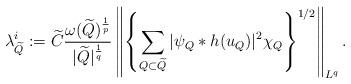
LaTeX: \begin{align*}\lambda_{\widetilde{Q}}^{i}:=\widetilde C\frac{\omega(\widetilde Q)^{\frac{1}{p}}}{\vert\widetilde Q\vert^{\frac{1}{q}}}\left \|\left\{\sum_{Q\subset\widetilde{Q}}\vert\psi_{Q}\ast h(u_{Q})\vert^2\chi_{Q}\right\}^{1/2}\right \|_{L^{q}}.\end{align*}